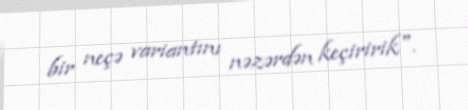
bir neçə variantını nəzərdən keçiririk".